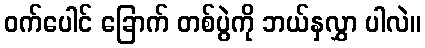
ဝက်ပေါင် ခြောက် တစ်ပွဲကို ဘယ်နှလွှာ ပါလဲ။